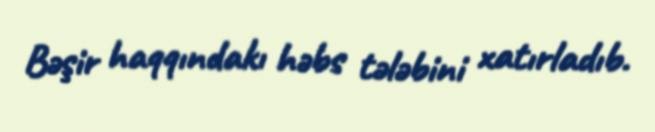
Bəşir haqqındakı həbs tələbini xatırladıb.